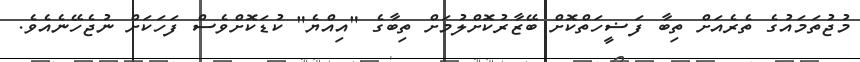
މުޖުތަމައުގެ ތެރެއަށް ތިބާ ފަޟީހަތްކޮށް ބޭޒާރުކޮށްލުމަށް ތިބާގެ "އިއްޔެ" ކުޑަކޮށްވެސް ފަހަކަށް ނުޖެހޭނެއެވެ.